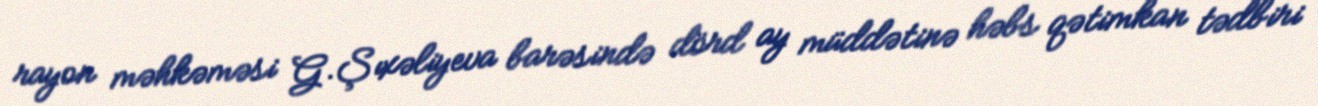
rayon məhkəməsi G.Şıxəliyeva barəsində dörd ay müddətinə həbs qətimkan tədbiri